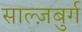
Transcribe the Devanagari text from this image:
साल्ज़बुर्ग